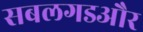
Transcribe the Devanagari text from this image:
सबलगडऔर